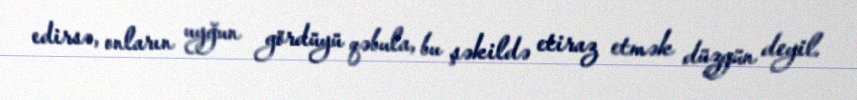
edirsə, onların uyğun gördüyü qəbula, bu şəkildə etiraz etmək düzgün deyil.